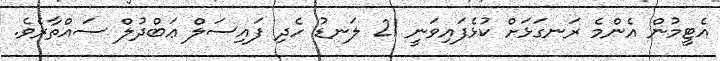
އެޓީމުން އެންމެ ރަނގަޅަށް ކުޅެފައިވަނީ 21 ލަނޑު ހެދި ފައިސަލް ޢަބްދުލް ސައްތާރެވެ.